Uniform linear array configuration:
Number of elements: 12
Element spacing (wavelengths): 0.25
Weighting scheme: cosine
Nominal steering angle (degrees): -60
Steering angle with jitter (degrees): -59.232
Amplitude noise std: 0.05
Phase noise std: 0.05

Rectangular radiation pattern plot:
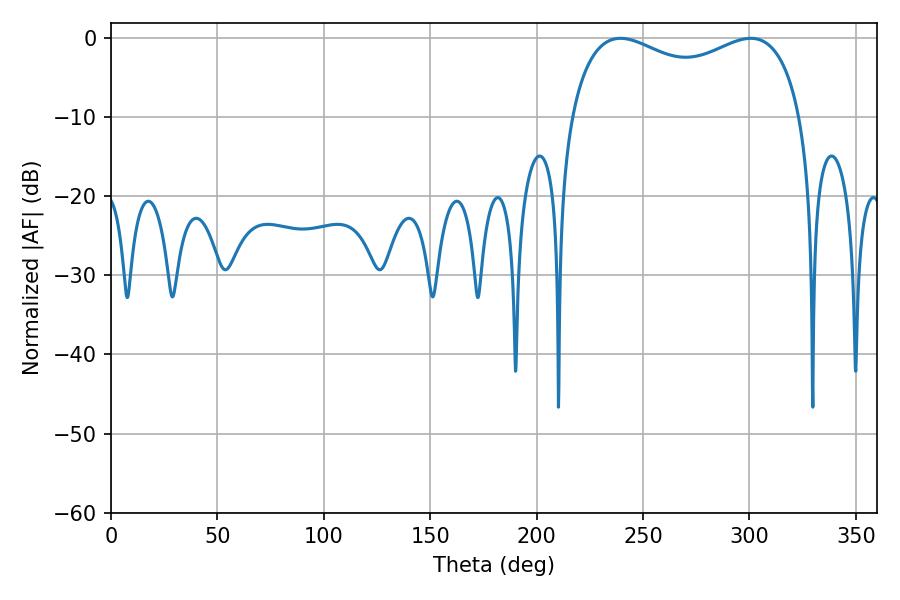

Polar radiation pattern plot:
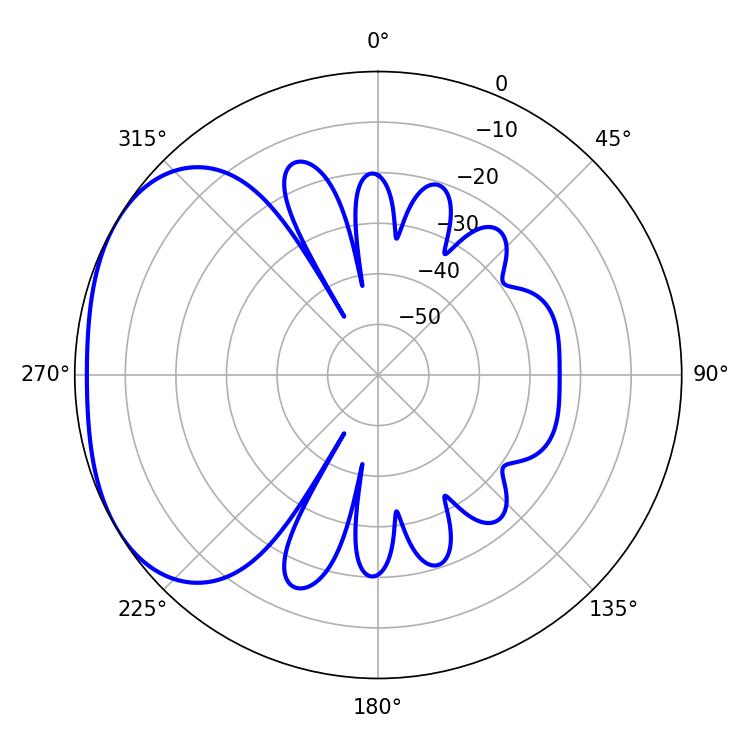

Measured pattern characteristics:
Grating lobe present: FALSE
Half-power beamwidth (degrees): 90
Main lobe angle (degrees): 239.4